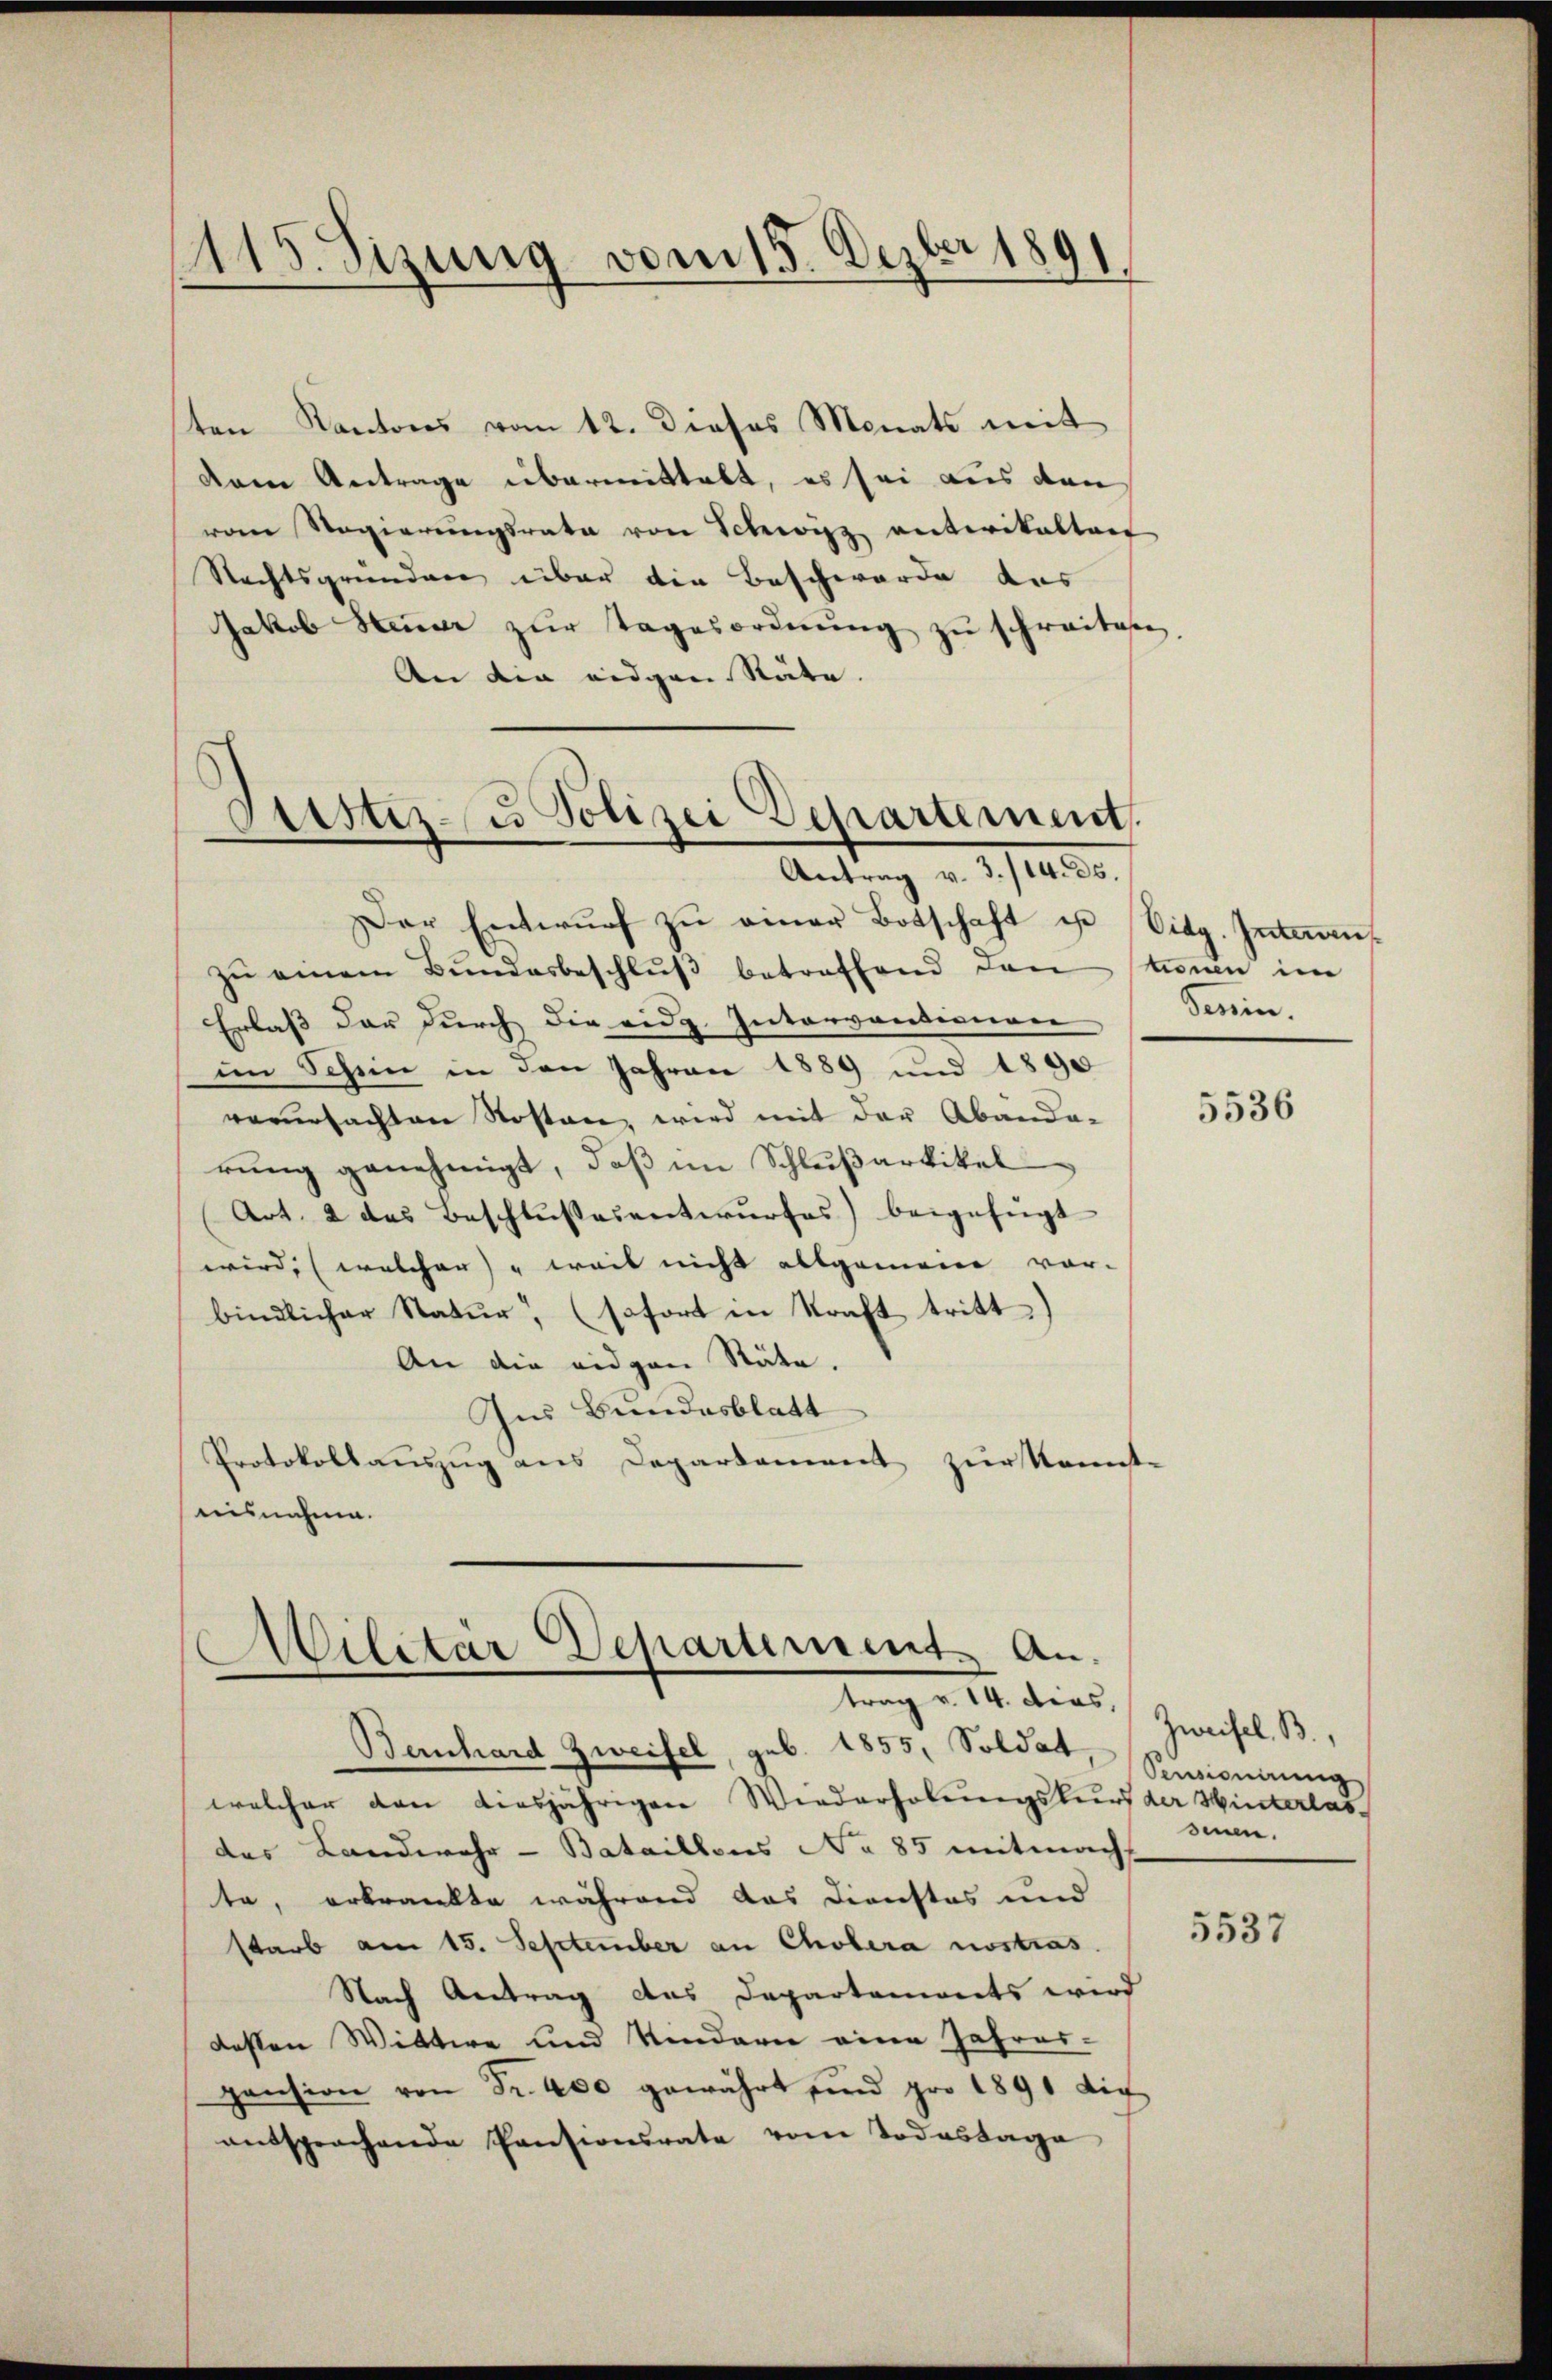
1115. Sizung vom 15. Dezbr 1891

ten Kantons vom 12. Dieses Monats mit
dem Antrage übermittelt, es sei aus den
vom Regierŭngsrata von Schwyz anterikalten
Rechtsgrundere über die Beschwerde des
Jakob Steŭer zŭr Tagesordnŭng zu schreiben
An die eidgen Räte.

Sistiz- u Polizei Departement
Antrag v. 3./14. ds.

Militär Departement. An
trag v. 14. dies,

Der Entwŭrf zŭ einer Botschaft ist Eidg. Interrich
zu einem Bundesbeschluß betreffend den könen im
Erlaß der durch die eidg. Intervantiniren
im Schein in den Jahren 1889 und 1890
verursachten Kosten, wird mit der Abanda-
rung genehmigt, daß im Schlußartikel
Art. 2 das Beschlußesentwurfes) beigefügt
wird, (welcher weit nicht allgemeine vor-
bindlicher Natur, (sofort in Kraft tritt
An die eidgen Stäte.
Ins Bundesblatt
Protokollauszug aus Departement zur Kannst-
nisnahme.

Bernhard Zweifel, geb. 1855, Soldat
welcher den diesjährigen Wiederholungskurs der Winterlasdas Landwehr-Bataillons No 85 mitmach
te, erkrankte während das Dienstos und
starb am 15. September an Cholera nostras
Nach Antrag das Departenwerts wird
dessen Wittwe und Kindern eine Jahres-
pension von Fr. 400 gewährt sind pro 1891 die
entsprechende Pensionsrate vom Todestage

Senin.

5536

Zweifel. B.,
Pensionirung
dinn.

5537